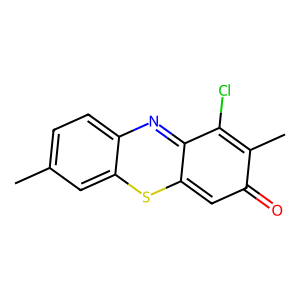
SMILES: Cc1ccc2nc3c(Cl)c(C)c(=O)cc-3sc2c1
Inhibits HIV replication: No